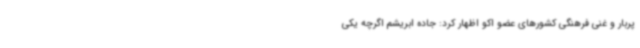
پربار و غنی فرهنگی کشورهای عضو اکو اظهار کرد: جاده ابریشم اگرچه یکی